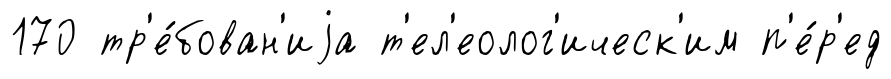
170 тр'е́бован'иjа т'ел'еолог'ическ'им п'е́р'ед